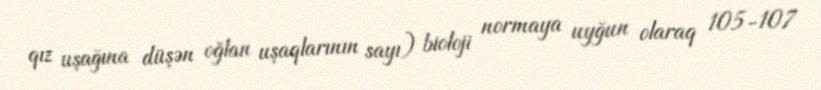
qız uşağına düşən oğlan uşaqlarının sayı) bioloji normaya uyğun olaraq 105-107